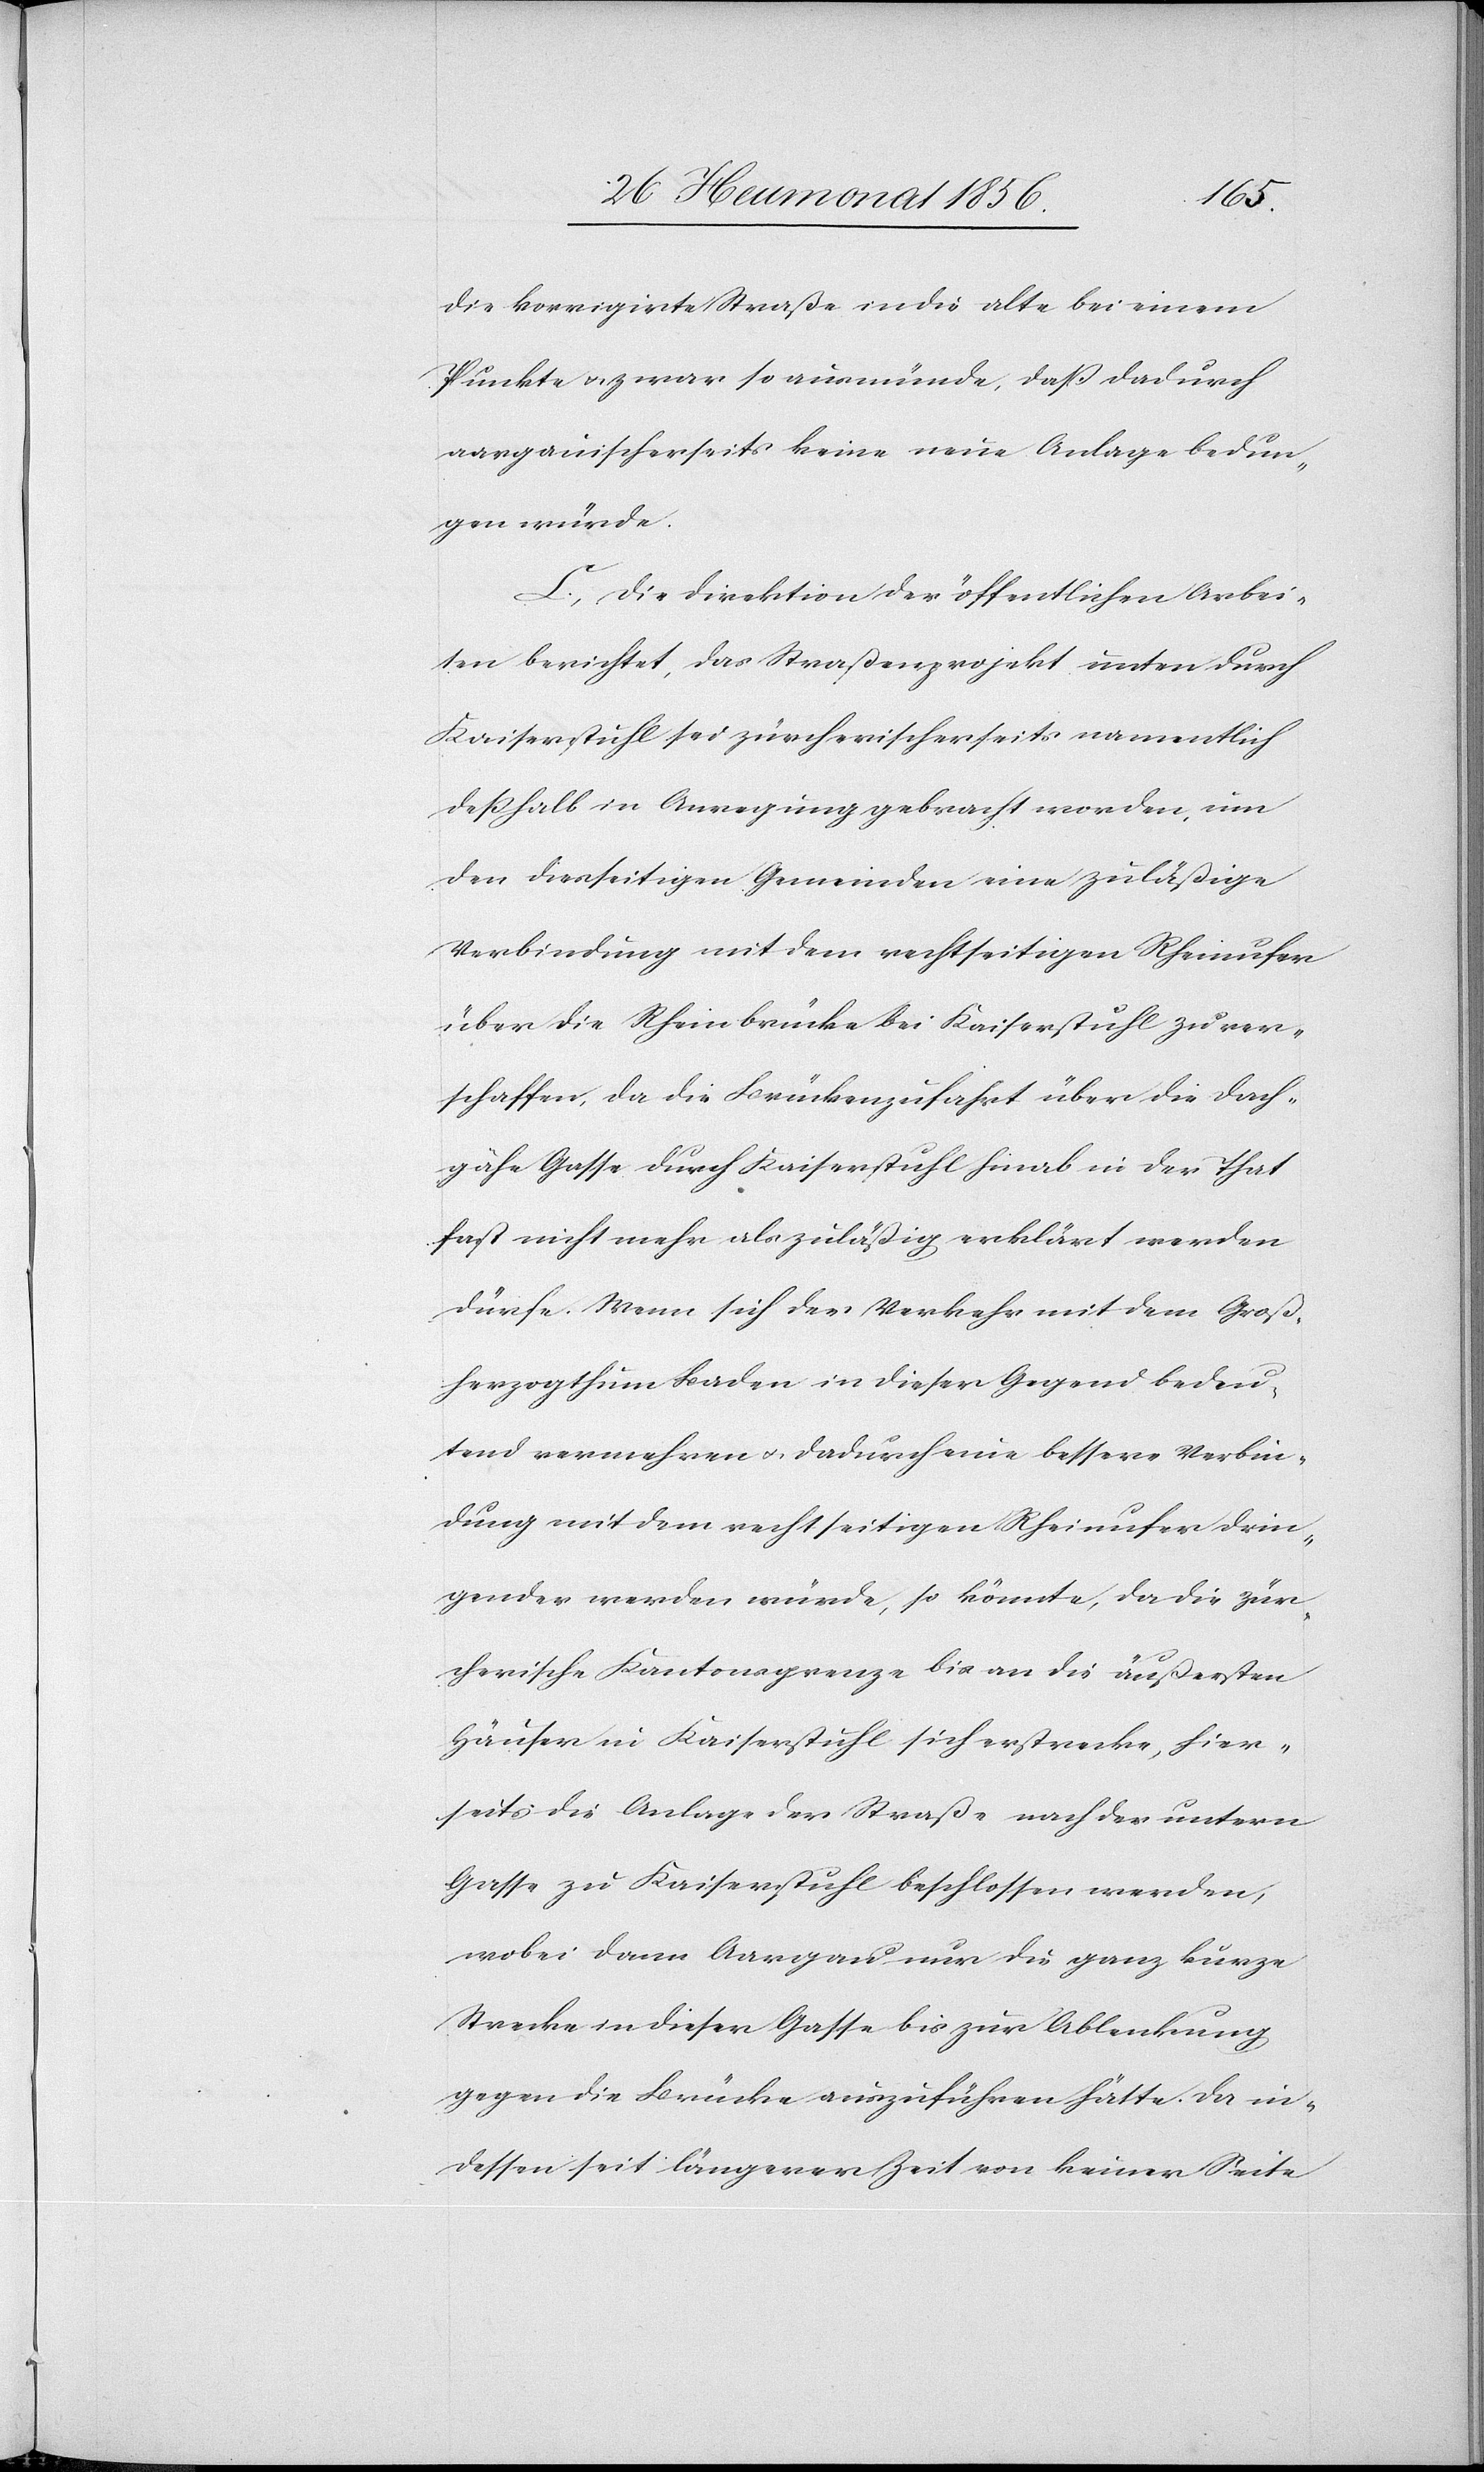
die korrigirte Straße in die alte bei einem
Punkte u. zwar so ausmünde, dass dadurch
aargauischerseits keine neue Anlage bedun¬
gen würde.
C. Die Direktion der öffentlichen Arbei¬
ten berichtet, das Straßenprojekt unten durch
Kaiserstuhl sei zürcherischerseits namentlich
desshalb in Anregung gebracht worden, um
den diesseitigen Gemeinden eine zuläßige
Verbindung mit dem rechtseitigen Rheinufer
über die Rheinbrücke bei Kaiserstuhl zu ver¬
schaffen, da die Brückenzufahrt über die dach¬
gähe Gasse durch Kaiserstuhl hinab in der That
fast nicht mehr als zuläßig erklärt werden
dürfe. Wenn sich der Verkehr mit dem Groß¬
herzogthum Baden in dieser Gegend bedeu¬
tend vermehren u. dadurch eine bessere Verbin¬
dung mit dem rechtseitigen Rheinufer drin¬
gender werden würde, so könnte, da die zür¬
cherische Kantonsgrenze bis an die äußersten
Häuser in Kaiserstuhl sich erstrecke, hier¬
seits die Anlage der Straße nach der untern
Gasse zu Kaiserstuhl beschlossen werden,
wobei dann Aargau nur die ganz kurze
Strecke in dieser Gasse bis zur Ablenkung
gegen die Brücke auszuführen hätte. Da in¬
dessen seit längerer Zeit von keiner Seite